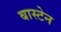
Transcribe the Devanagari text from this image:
बास्टेन